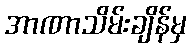
အာဏာသိမ်းချိန်မှ